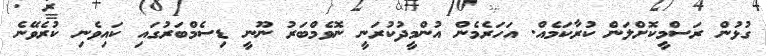
ގުޅުން ރަސްމީކޮށްލަން ކުރާކަމެއް. އަހަރެމެން އުންމީދުކުރަނީ ނޮވެމްބަރު ނޫނީ ޑިސެމްބަރުގައި ކައިވެނި ކުރެވޭނެ